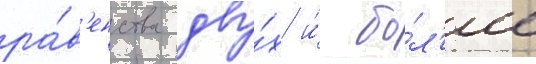
ра́в'енства дву́х и́ бо́л'ее